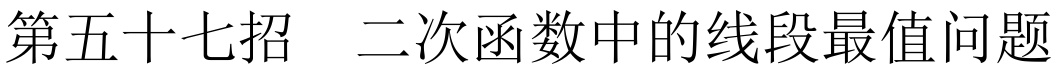
第五十七招  二次函数中的线段最值问题